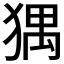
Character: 𤟹